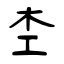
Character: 杢